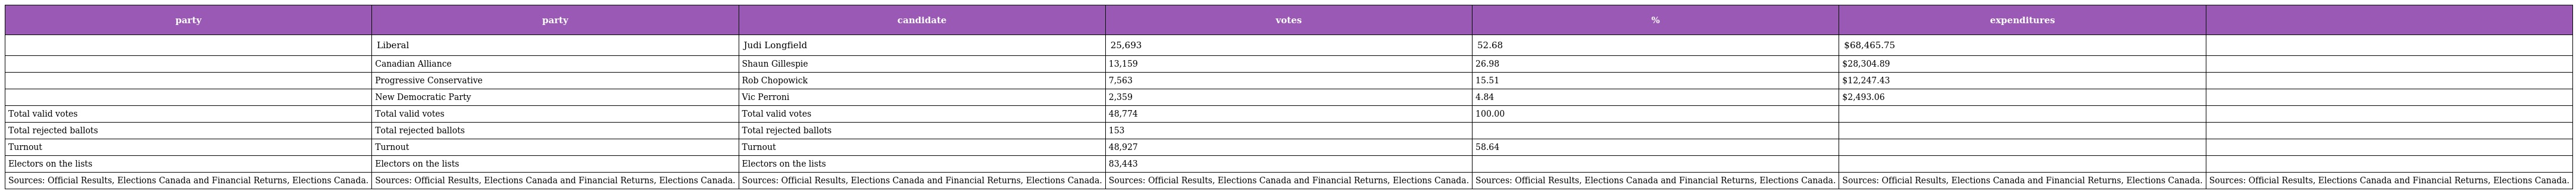
| party | party | candidate | votes | % | expenditures |  |
 | --- | --- | --- | --- | --- | --- | --- |
 |  | Liberal | Judi Longfield | 25,693 | 52.68 | $68,465.75 |  |
 |  | Canadian Alliance | Shaun Gillespie | 13,159 | 26.98 | $28,304.89 |  |
 |  | Progressive Conservative | Rob Chopowick | 7,563 | 15.51 | $12,247.43 |  |
 |  | New Democratic Party | Vic Perroni | 2,359 | 4.84 | $2,493.06 |  |
 | Total valid votes | Total valid votes | Total valid votes | 48,774 | 100.00 |  |  |
 | Total rejected ballots | Total rejected ballots | Total rejected ballots | 153 |  |  |  |
 | Turnout | Turnout | Turnout | 48,927 | 58.64 |  |  |
 | Electors on the lists | Electors on the lists | Electors on the lists | 83,443 |  |  |  |
 | Sources: Official Results, Elections Canada and Financial Returns, Elections Canada. | Sources: Official Results, Elections Canada and Financial Returns, Elections Canada. | Sources: Official Results, Elections Canada and Financial Returns, Elections Canada. | Sources: Official Results, Elections Canada and Financial Returns, Elections Canada. | Sources: Official Results, Elections Canada and Financial Returns, Elections Canada. | Sources: Official Results, Elections Canada and Financial Returns, Elections Canada. | Sources: Official Results, Elections Canada and Financial Returns, Elections Canada. |